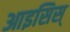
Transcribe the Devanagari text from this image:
आइसिस्